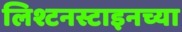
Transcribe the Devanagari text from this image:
लिश्टनस्टाइनच्या